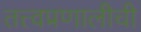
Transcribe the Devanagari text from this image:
तत्त्वप्रणालीची